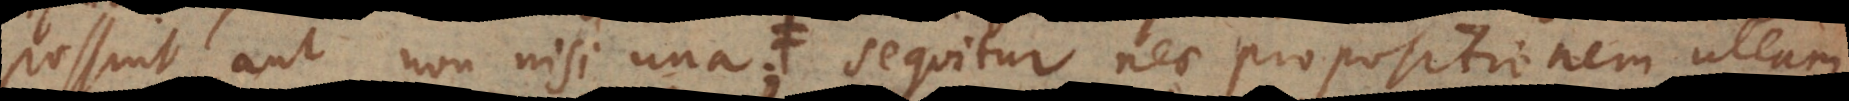
possint, aut non nisi una; sequitur nec propositionem ullam